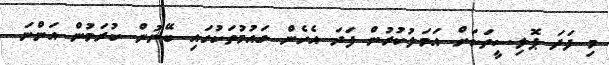
މި ފަދަ ޕޮލިސީތަކަށް އަމަލުކުރުން ފަދަ އެހެން ގައުމުތަކުގައި ބޭނުން ކުރަމުން އަންނަ